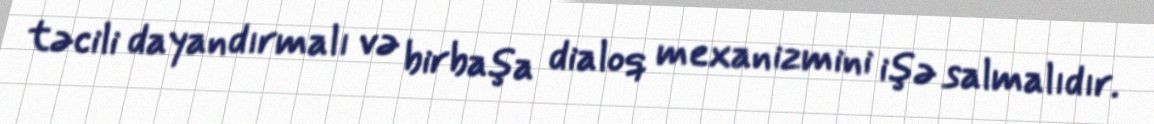
təcili dayandırmalı və birbaşa dialoq mexanizmini işə salmalıdır.